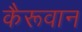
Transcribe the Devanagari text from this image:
कैरूवान